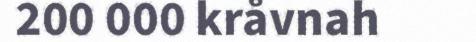
200 000 kråvnah